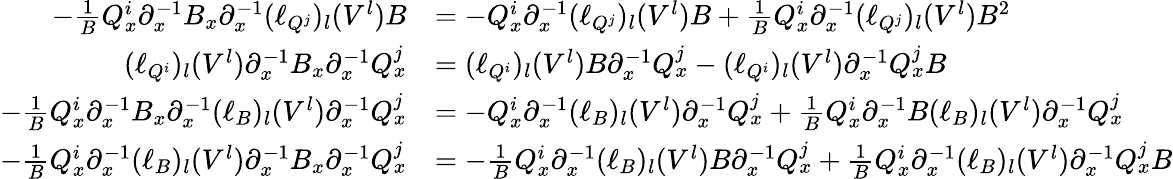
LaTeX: \begin{array}{rl}{-\frac 1BQ_{x}^{i}{\partial}_{x}^{-1}B_{x}{\partial}_{x}^{-1}(\ell_{Q^{j}})_{l}(V^{l})B}&{=-Q_{x}^{i}{\partial}_{x}^{-1}(\ell_{Q^{j}})_{l}(V^{l})B+\frac 1BQ_{x}^{i}{\partial}_{x}^{-1}(\ell_{Q^{j}})_{l}(V^{l})B^{2}}\\ {(\ell_{Q^{i}})_{l}(V^{l}){\partial}_{x}^{-1}B_{x}{\partial}_{x}^{-1}Q_{x}^{j}}&{=(\ell_{Q^{i}})_{l}(V^{l})B{\partial}_{x}^{-1}Q_{x}^{j}-(\ell_{Q^{i}})_{l}(V^{l}){\partial}_{x}^{-1}Q_{x}^{j}B}\\ {-\frac 1BQ_{x}^{i}{\partial}_{x}^{-1}B_{x}{\partial}_{x}^{-1}(\ell_{B})_{l}(V^{l}){\partial}_{x}^{-1}Q_{x}^{j}}&{=-Q_{x}^{i}{\partial}_{x}^{-1}(\ell_{B})_{l}(V^{l}){\partial}_{x}^{-1}Q_{x}^{j}+\frac 1BQ_{x}^{i}{\partial}_{x}^{-1}B(\ell_{B})_{l}(V^{l}){\partial}_{x}^{-1}Q_{x}^{j}}\\ {-\frac 1BQ_{x}^{i}{\partial}_{x}^{-1}(\ell_{B})_{l}(V^{l}){\partial}_{x}^{-1}B_{x}{\partial}_{x}^{-1}Q_{x}^{j}}&{=-\frac 1BQ_{x}^{i}{\partial}_{x}^{-1}(\ell_{B})_{l}(V^{l})B{\partial}_{x}^{-1}Q_{x}^{j}+\frac 1BQ_{x}^{i}{\partial}_{x}^{-1}(\ell_{B})_{l}(V^{l}){\partial}_{x}^{-1}Q_{x}^{j}B}\end{array}